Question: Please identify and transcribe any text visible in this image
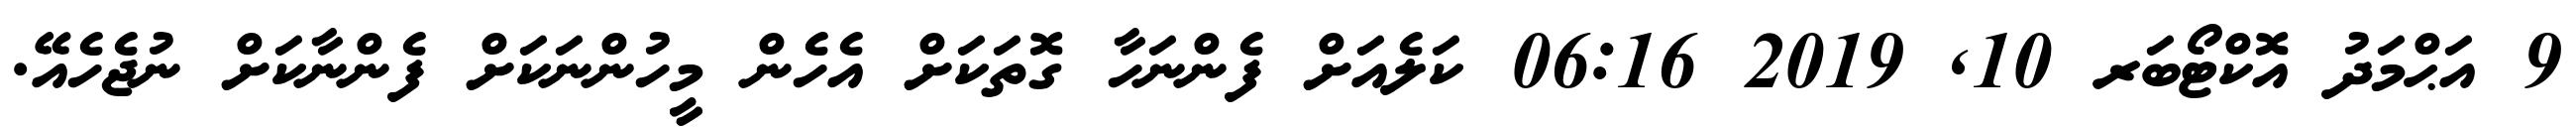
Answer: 9 އަޙްމަދު އޮކްޓޯބަރ 10, 2019 06:16 ކަލެއަށް ފެންނަހާ ގޮތަކަށް އެހެން މީހުންނަކަށް ފެންނާކަށް ނުޖެހެއޭ.